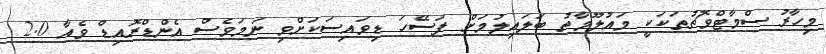
މިހާރު ސްމާޓްވޮޗުތަކަކީ މައުލޫމާތު ބަލައިލުމަށް ފަސޭހަ ޑިވައިސަކަށްވި ނަމަވެސް އެންޑްރޮއިޑް ވެއާ 2.0